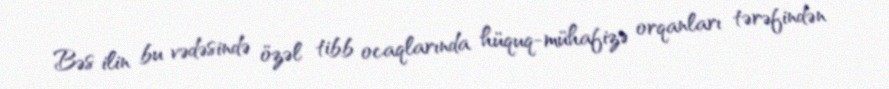
Bəs ilin bu vədəsində özəl tibb ocaqlarında hüquq-mühafizə orqanları tərəfindən